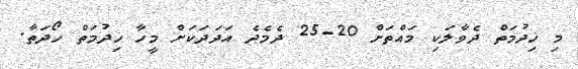
މި ޚިދުމަތް ދެވާލަކި މައްތަށް 20-25 ދެމެދެ އަދަދަކަށް މީހާ ޚިދުމަތް ހޯދަތާ.